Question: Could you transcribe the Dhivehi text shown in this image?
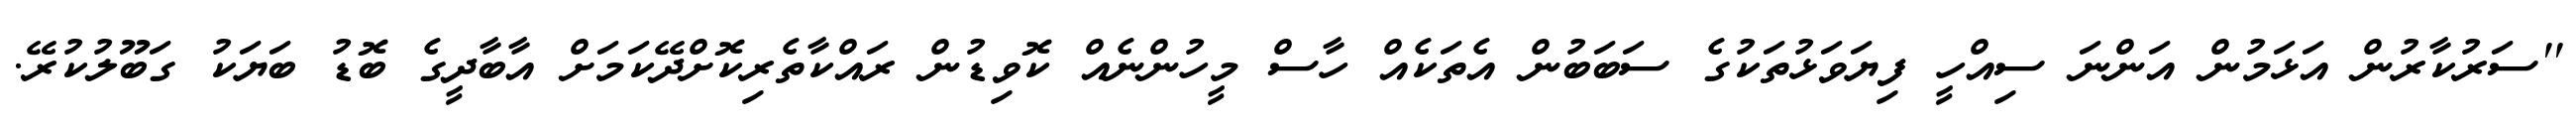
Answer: ''ސަރުކާރުން އަޅަމުން އަންނަ ސިއްހީ ފިޔަވަޅުތަކުގެ ސަބަބުން އެތަކެއް ހާސް މީހުންނެއް ކޮވިޑުން ރައްކާތެރިކޮށްދޭކަމަށް އާބާދީގެ ބޮޑު ބަޔަކު ގަބޫލުކުރޭ.